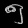
Digit: ၅